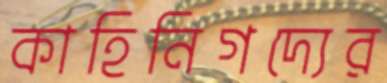
কাহিনিগদ্যের